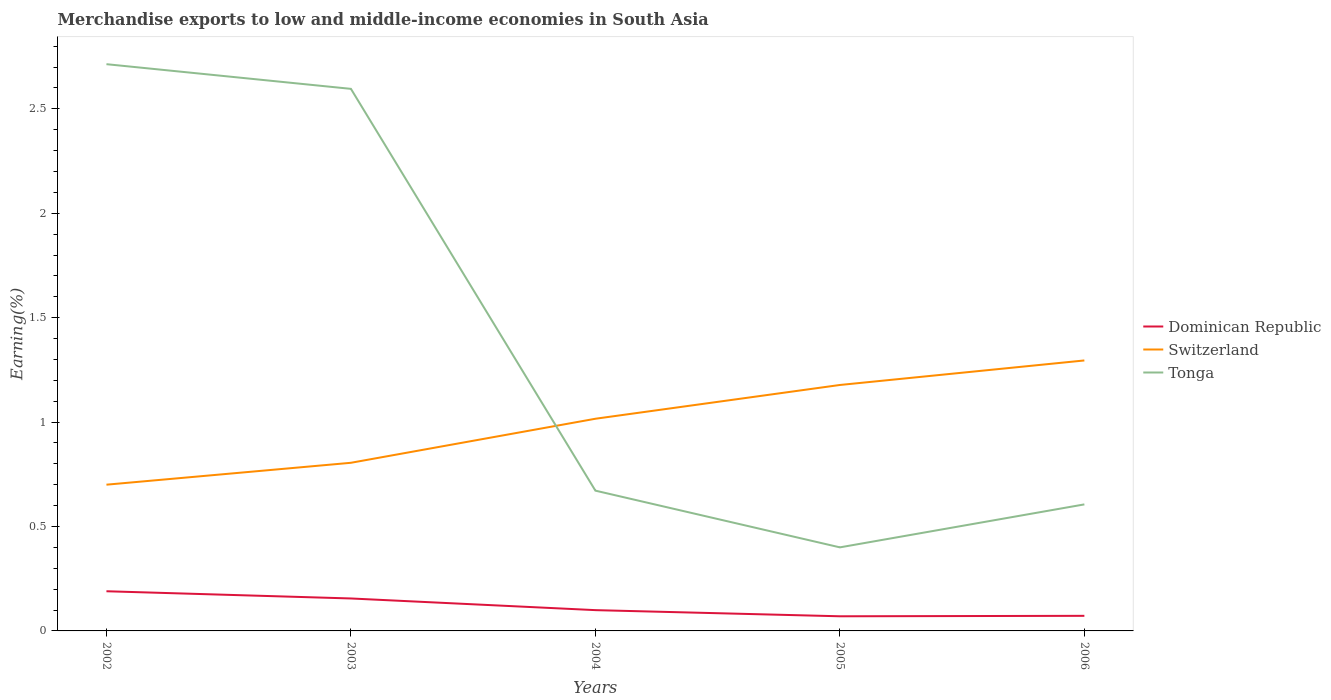
| Years | Dominican Republic | Switzerland | Tonga |
 | --- | --- | --- | --- |
 | 2002 | 0.19 | 0.7 | 2.71 |
 | 2003 | 0.155 | 0.805 | 2.6 |
 | 2004 | 0.0995 | 1.02 | 0.672 |
 | 2005 | 0.0701 | 1.18 | 0.4 |
 | 2006 | 0.0723 | 1.3 | 0.606 |